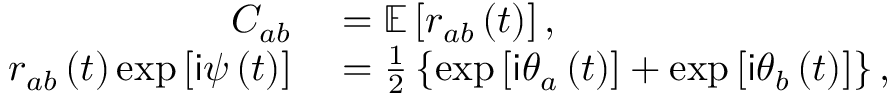
\begin{array} { r l } { C _ { a b } } & { { } = \mathbb { E } \left[ r _ { a b } \left( t \right) \right] , } \\ { r _ { a b } \left( t \right) \exp \left[ \mathsf { i } \psi \left( t \right) \right] } & { { } = \frac { 1 } { 2 } \left\{ \exp \left[ \mathsf { i } \theta _ { a } \left( t \right) \right] + \exp \left[ \mathsf { i } \theta _ { b } \left( t \right) \right] \right\} , } \end{array}